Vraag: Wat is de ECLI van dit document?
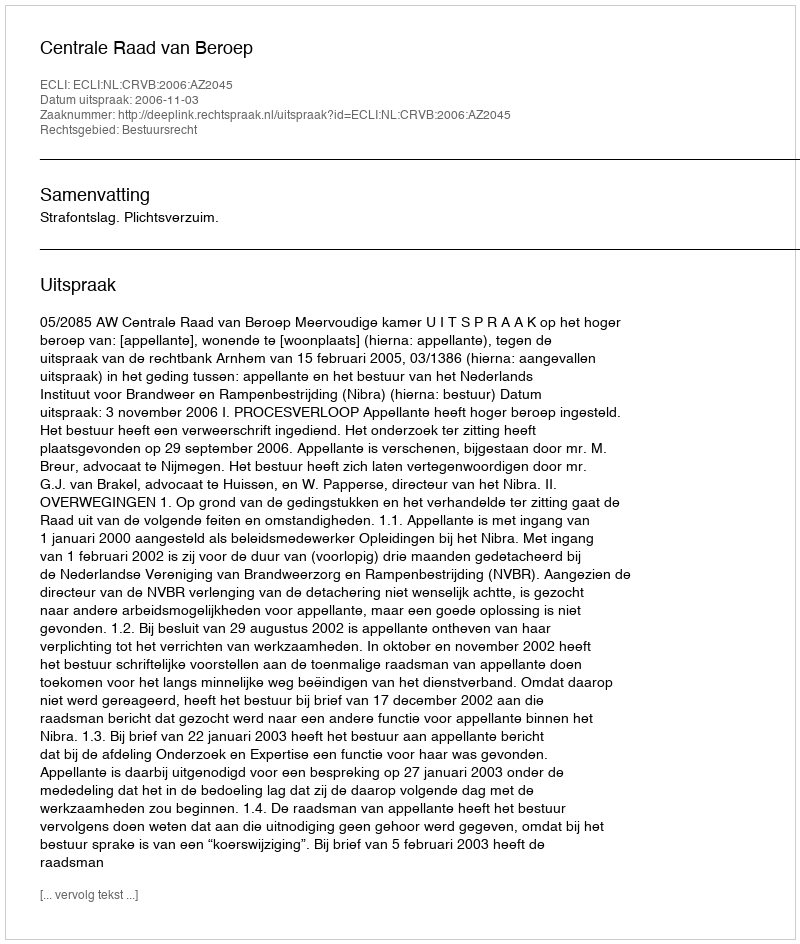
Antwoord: ECLI:NL:CRVB:2006:AZ2045